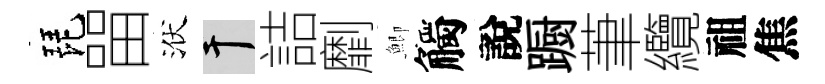
琵㽞洑干詰劘鯽觸說蹰茟纜祖焦